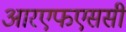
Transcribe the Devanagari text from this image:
आरएफएससी